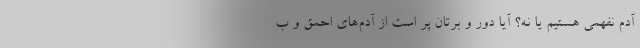
آدم نفهمی هستیم یا نه؟ آیا دور و برتان پر است از آدم‌های احمق و ب